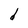
Character: d